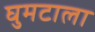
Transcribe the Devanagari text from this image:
घुमटाला